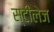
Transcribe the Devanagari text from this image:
स्टीलेज